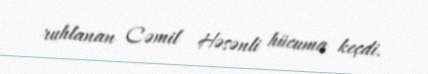
ruhlanan Cəmil Həsənli hücuma keçdi.